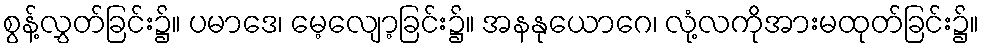
စွန့်လွှတ်ခြင်း၌။ ပမာဒေ၊ မေ့လျော့ခြင်း၌။ အနနုယောဂေ၊ လုံ့လကိုအားမထုတ်ခြင်း၌။